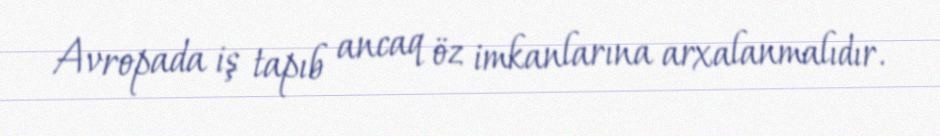
Avropada iş tapıb ancaq öz imkanlarına arxalanmalıdır.